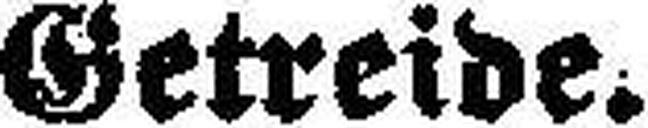
Getreide,